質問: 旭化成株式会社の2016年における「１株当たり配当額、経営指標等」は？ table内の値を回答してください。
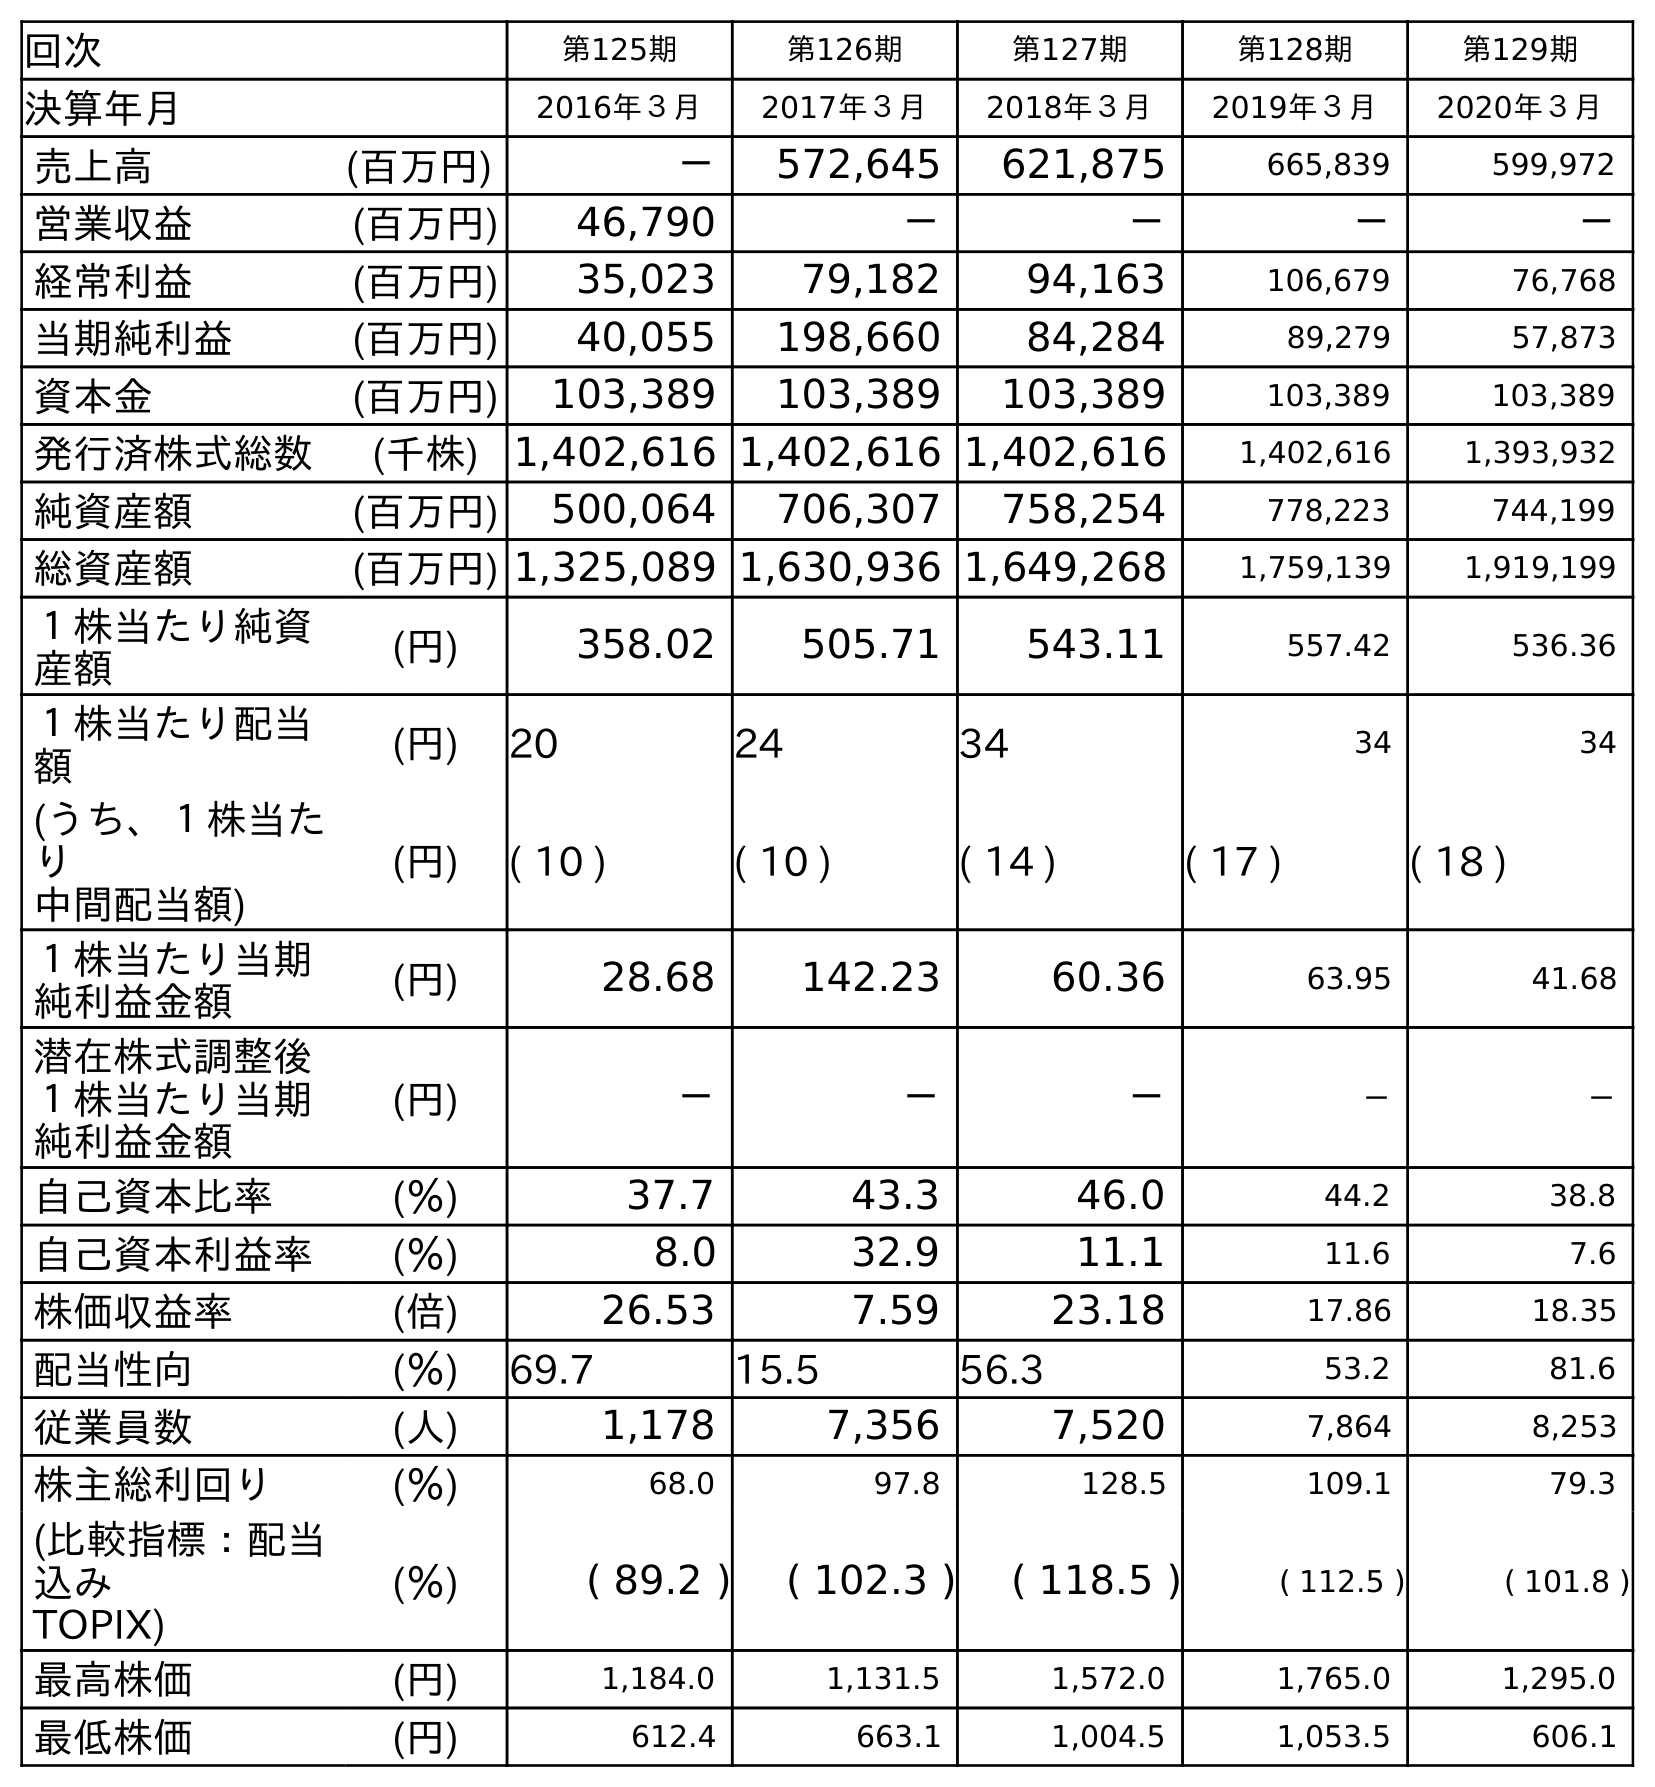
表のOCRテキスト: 回次 第125期 第126期 第127期 第128期 第129期 決算年月 2016年３月 2017年３月 2018年３月 2019年３月 2020年３月 売上高 (百万円) － 572,645 621,875 665,839 599,972 営業収益 (百万円) 46,790 － － － － 経常利益 (百万円) 35,023 79,182 94,163 106,679 76,768 当期純利益 (百万円) 40,055 198,660 84,284 89,279 57,873 資本金 (百万円) 103,389 103,389 103,389 103,389 103,389 発行済株式総数 (千株) 1,402,616 1,402,616 1,402,616 1,402,616 1,393,932 純資産額 (百万円) 500,064 706,307 758,254 778,223 744,199 総資産額 (百万円) 1,325,089 1,630,936 1,649,268 1,759,139 1,919,199 １株当たり純資 産額 (円) 358.02 505.71 543.11 557.42 536.36 １株当たり配当 額 (円) 20 24 34 34 34 (うち、１株当た り 中間配当額) (円) ( 10 ) ( 10 ) ( 14 ) ( 17 ) ( 18 ) １株当たり当期 純利益金額 (円) 28.68 142.23 60.36 63.95 41.68 潜在株式調整後 １株当たり当期 純利益金額 (円) － － － － － 自己資本比率 (％) 37.7 43.3 46.0 44.2 38.8 自己資本利益率 (％) 8.0 32.9 11.1 11.6 7.6 株価収益率 (倍) 26.53 7.59 23.18 17.86 18.35 配当性向 (％) 69.7 15.5 56.3 53.2 81.6 従業員数 (人) 1,178 7,356 7,520 7,864 8,253 株主総利回り (％) 68.0 97.8 128.5 109.1 79.3 (比較指標：配当 込み TOPIX) (％) ( 89.2 ) ( 102.3 ) ( 118.5 ) ( 112.5 ) ( 101.8 ) 最高株価 (円) 1,184.0 1,131.5 1,572.0 1,765.0 1,295.0 最低株価 (円) 612.4 663.1 1,004.5 1,053.5 606.1
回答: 20